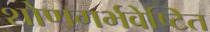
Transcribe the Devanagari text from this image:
शोणगर्भवेष्टित